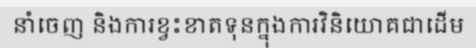
នាំចេញ និងការខ្វះខាតទុនក្នុងការវិនិយោគជាដើម